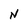
Character: N